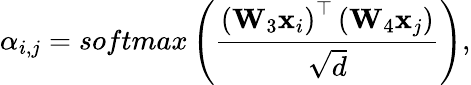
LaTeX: \alpha_{i,j}={softmax}\left(\frac{\left(\mathbf{W}_{3}\mathbf{x}_{i}\right)^{\top}\left(\mathbf{W}_{4}\mathbf{x}_{j}\right)}{\sqrt{d}}\right),